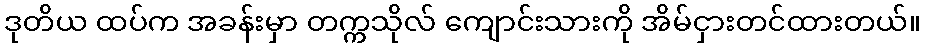
ဒုတိယ ထပ်က အခန်းမှာ တက္ကသိုလ် ကျောင်းသားကို အိမ်ငှားတင်ထားတယ်။